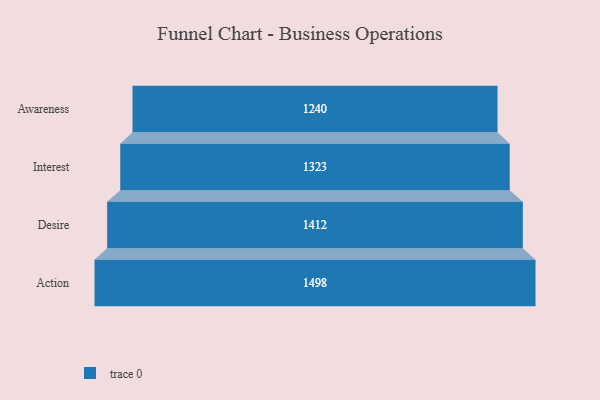
{"axis": {"x": "Stage", "y": "Value"}, "legend": [""], "data": [{"x": "Awareness", "y": 1240.0, "type": ""}, {"x": "Interest", "y": 1323.0, "type": ""}, {"x": "Desire", "y": 1412.0, "type": ""}, {"x": "Action", "y": 1498.0, "type": ""}]}